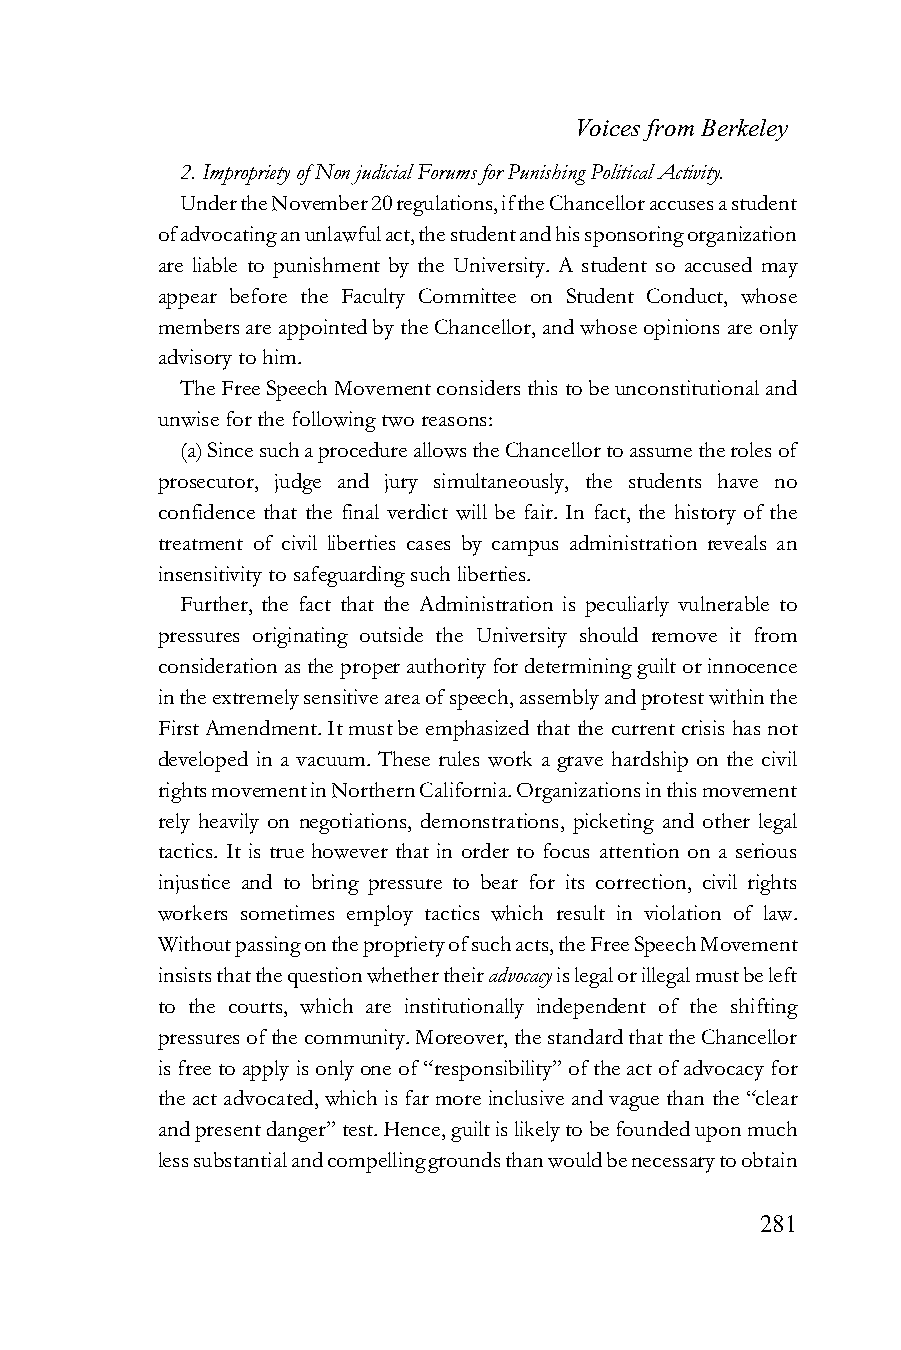
Voices from Berkeley
 2. Impropriety of Non judicial Forums for Punishing Political Activity.
 Under the November 20 regulations, if the Chancellor accuses a student
 of advocating an unlawful act, the student and his sponsoring organization
 are liable to punishment by the University. A student so accused may
 appear before the Faculty Committee on Student Conduct, whose
 members are appointed by the Chancellor, and whose opinions are only
 advisory to him.
 The Free Speech Movement considers this to be unconstitutional and
 unwise for the following two reasons:
 (a) Since such a procedure allows the Chancellor to assume the roles of
 prosecutor, judge and jury simultaneously, the students have no
 confidence that the final verdict will be fair. In fact, the history of the
 treatment of civil liberties cases by campus administration reveals an
 insensitivity to safeguarding such liberties.
 Further, the fact that the Administration is peculiarly vulnerable to
 pressures originating outside the University should remove it from
 consideration as the proper authority for determining guilt or innocence
 in the extremely sensitive area of speech, assembly and protest within the
 First Amendment. It must be emphasized that the current crisis has not
 developed in a vacuum. These rules work a grave hardship on the civil
 rights movement in Northern California. Organizations in this movement
 rely heavily on negotiations, demonstrations, picketing and other legal
 tactics. It is true however that in order to focus attention on a serious
 injustice and to bring pressure to bear for its correction, civil rights
 workers sometimes employ tactics which result in violation of law.
 Without passing on the propriety of such acts, the Free Speech Movement
 insists that the question whether their advocacy is legal or illegal must be left
 to the courts, which are institutionally independent of the shifting
 pressures of the community. Moreover, the standard that the Chancellor
 is free to apply is only one of “responsibility” of the act of advocacy for
 the act advocated, which is far more inclusive and vague than the “clear
 and present danger” test. Hence, guilt is likely to be founded upon much
 less substantial and compelling grounds than would be necessary to obtain
 281